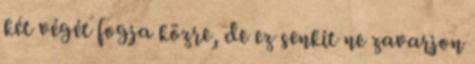
két végét fogja közre, de ez senkit ne zavarjon